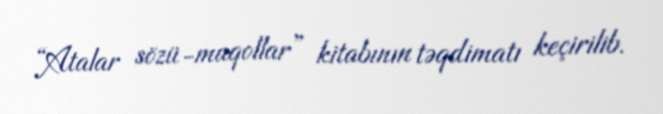
“Atalar sözü-maqollar” kitabının təqdimatı keçirilib.